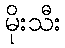
မိုးသီး